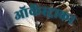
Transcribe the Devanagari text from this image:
ऑर्केस्ट्राका